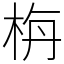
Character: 栴